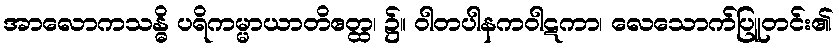
အာလောကသန္ဓိ ပရိကမ္မာယာတိဧတ္ထ၊ ၌။ ဝါတပါနကဝါဋကာ၊ လေသောက်ပြူတင်း၏